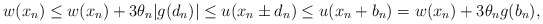
\begin{align*}w(x_n) \leq w(x_n) + 3 \theta_n |g (d_n)| \leq u ( x_n \pm d_n ) \leq u ( x_n + b_n) = w(x_n) + 3 \theta_n g ( b_n),\end{align*}